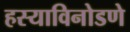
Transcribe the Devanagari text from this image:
हस्याविनोडणे